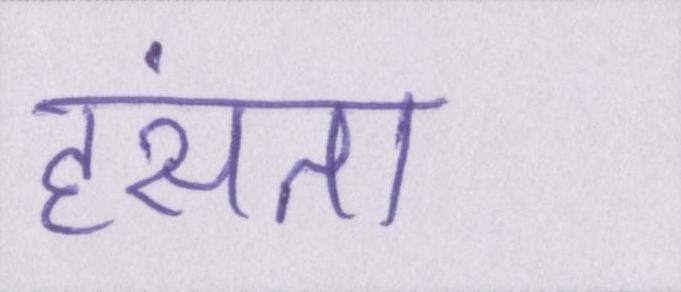
हंसता